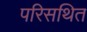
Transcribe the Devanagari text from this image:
परिसथित